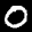
Label: 0